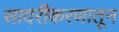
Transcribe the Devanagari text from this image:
सादरीकरणातून